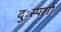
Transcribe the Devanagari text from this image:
दुःस्पर्शा